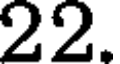
22.